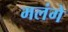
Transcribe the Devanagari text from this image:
मलंगे